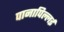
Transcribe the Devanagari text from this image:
पानापिल्लई